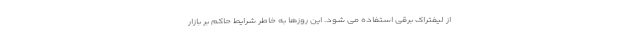
از لیفتراک برقی استفاده می شود. این روزها به خاطر شرایط حاکم بر بازار